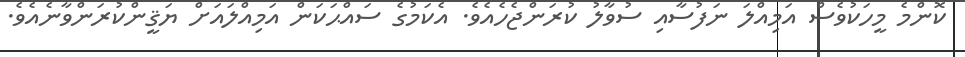
ކޮންމެ މީހަކުވެސް އަމިއްލަ ނަފުސާއި ސުވާލު ކުރަންޖެހެއެވެ. އެކަމުގެ ސައްޙަކަން އަމިއްލައަށް ޔަޤީންކުރަންވާނެއެވެ.